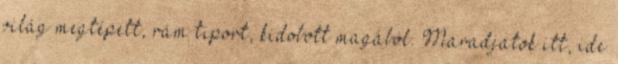
világ megtépett, rám tiport, kidobott magából. Maradjatok itt, ide